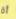
أة